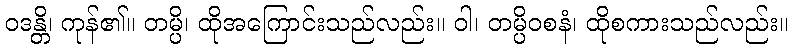
ဝဒန္တိ၊ ကုန်၏။ တမ္ပိ၊ ထိုအကြောင်းသည်လည်း။ ဝါ၊ တမ္ပိဝစနံ၊ ထိုစကားသည်လည်း။